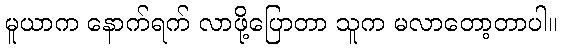
မူယာက နောက်ရက် လာဖို့ပြောတာ သူက မလာတော့တာပါ။